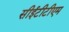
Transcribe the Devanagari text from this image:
सीईटीटीएम